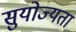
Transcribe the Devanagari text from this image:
सुयोज्यता